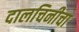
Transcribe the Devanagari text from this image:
दालचिनीचा